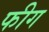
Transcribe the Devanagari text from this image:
फीग